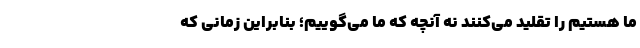
ما هستیم را تقلید می‌کنند نه آنچه که ما می‌گوییم؛ بنابراین زمانی که